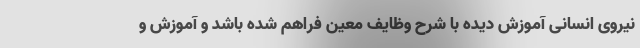
نیروی انسانی آموزش دیده با شرح وظایف معین فراهم شده باشد و آموزش و